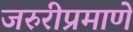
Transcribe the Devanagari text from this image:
जरुरीप्रमाणे